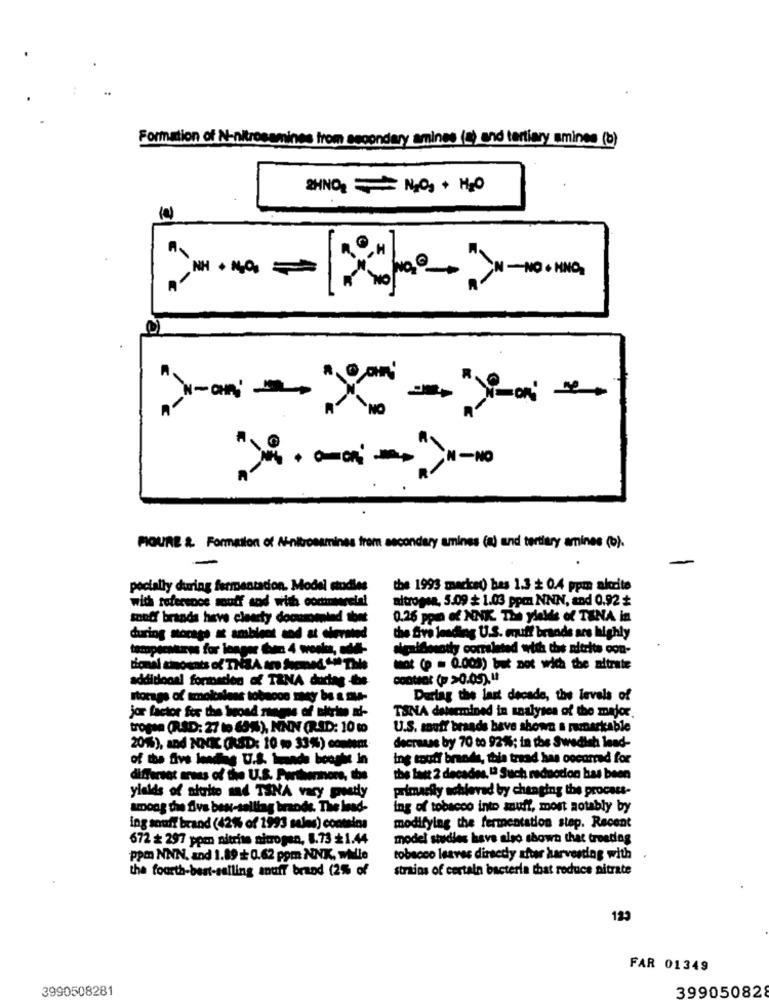
Formation of N-nitroeamines from secondary amines (m) and tertiary amines (b)
RHINO == NOS + H2O
M-NO
POURE & Formation of Ninibrosamines frem secondary amines (a) and tertiary amines (b).
pocially during fermentation. Model studies
the 1993 macked bas 1.3 + 0.4 ppm akcite
with reference souff sod with cochmniereial
altrogen, 5.09 * 1.03 ppm NNN, and 0.92 *
soud brands have clearty doouromind thet
0,26 ppa of NNK. The yields of TENA in
during monago i amblond and at chevated
the five leading U.S. muff brands are highly
aigaifmsotty corrsinted with the nitrite con-
Mot (p = 0.003) but not wich the nitrate
additional formation of TZNA during the
Itorage of amoitalens tobacon any be a ou-
Dertag the last decade, the levels of
jor factor for the bond
TSNA determined in saalyses of the major
tropse (RSD: 27 to 63%), NNN (RAD: 10 to
U.S. souff braads bave shown a remarkable
201%), and NNI (RØD: 10 m 33%) contem
decrease by 70 to 92%; in the Swedish lead-
ing touff brands, thia tread has occurred for
different areas of the U.S. Parthenhors, the
the last 2 decades, " Such redaction has been
yields of sialte md TSNA vary proudly
primarily achieved by changing the process-
Among the five best-selling brands. The lead-
ing of tobacco into snuff, most notably by
ing souff brand (42% of 1993 sales) contains
modifying the fermentation stop. Recent
672 ≤ 297 ppen nitrite nitrogen, 8.73 1.44
model studies have also shows that treediag
ppm NNN, and 1.89 +0.62 ppm NNK. wille
tobacco leaves dirsedy shar harvesting with
the fourth-best-selling snuff brand (2% of
strains of certain bacteria that reduce nitrate
123
FAR 01349
3990508281
39905082